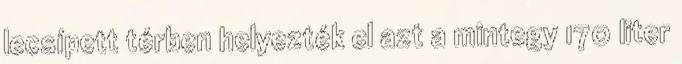
lecsípett térben helyezték el azt a mintegy 170 liter